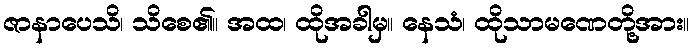
ဇာနာပေသိ၊ သိစေ၏။ အထ၊ ထိုအခါမှ။ နေသံ၊ ထိုသာမဏေတို့အား။